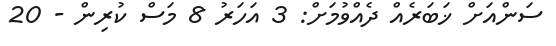
ސަންއަށް ޚަބަރެއް ދެއްވުމަށް: 3 އަހަރު 8 މަސް ކުރިން - 20